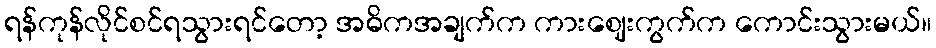
ရန်ကုန်လိုင်စင်ရသွားရင်တော့ အဓိကအချက်က ကားဈေးကွက်က ကောင်းသွားမယ်။